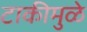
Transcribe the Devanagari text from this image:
टाकीमुळे